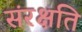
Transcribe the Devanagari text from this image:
संरक्षति